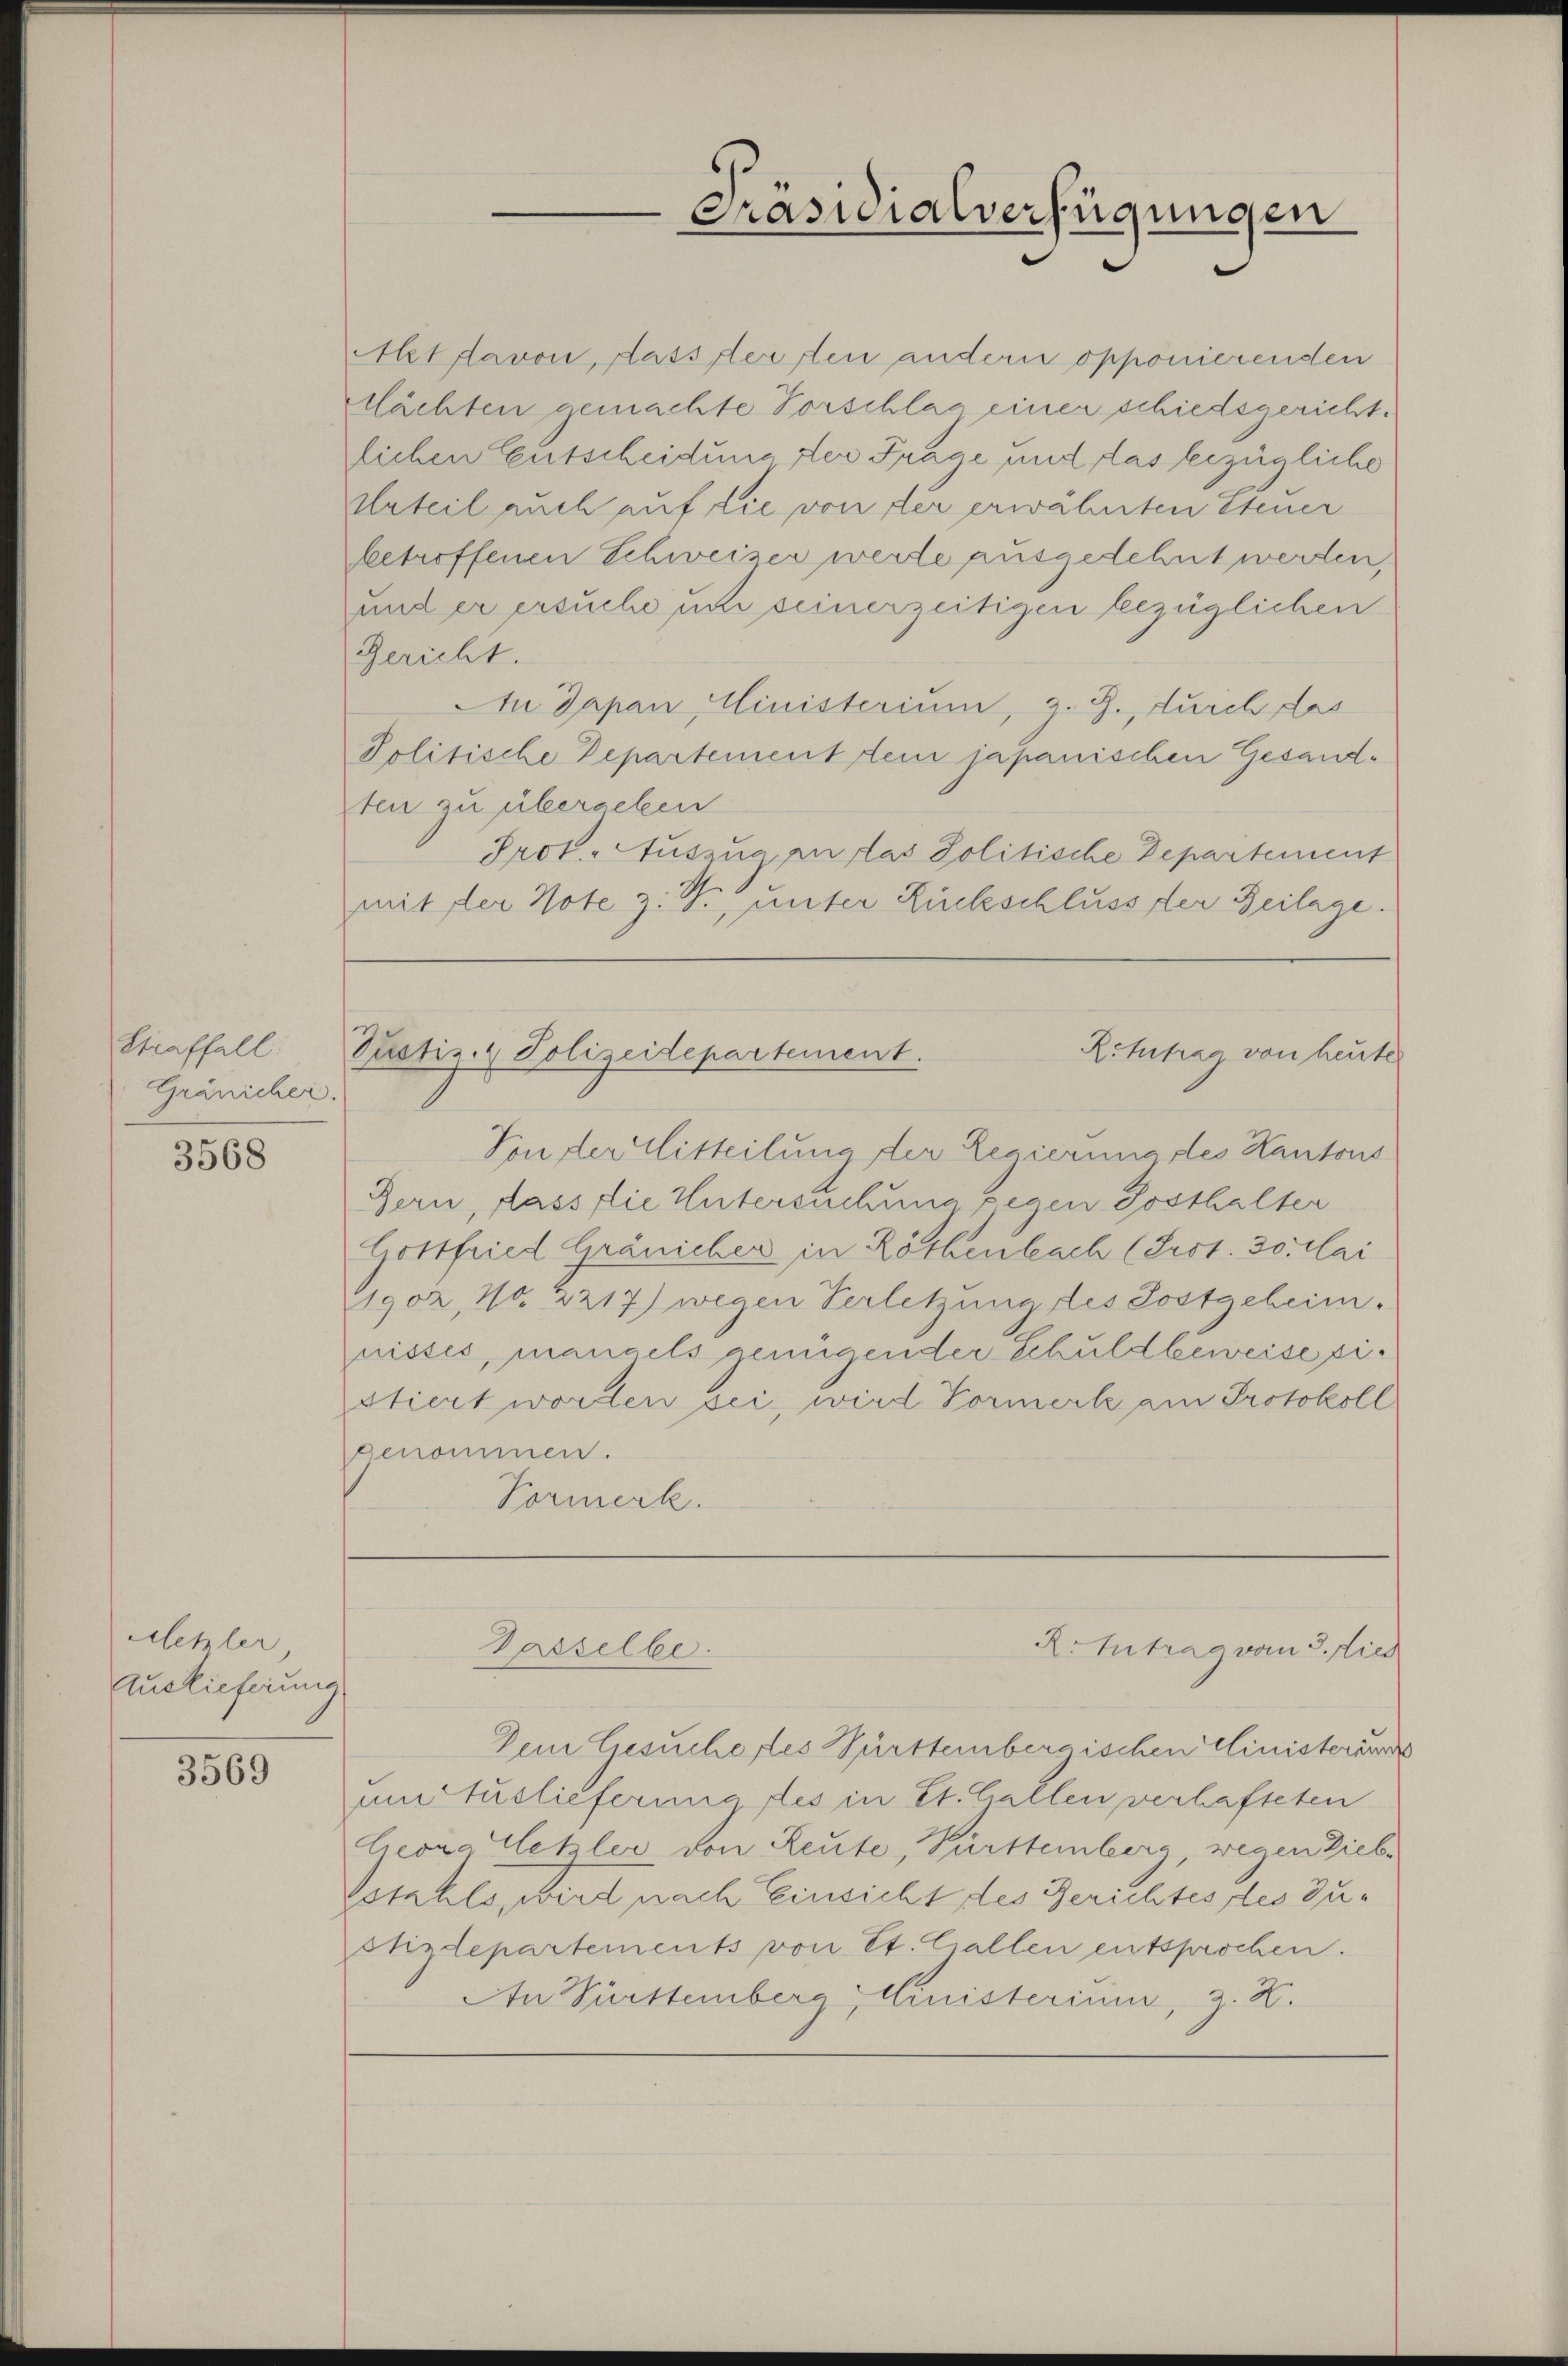
Straffall.
Gränicher.

3568

Alehler,
Auslieferung

3569

Mit davon, dass der den andern opponierenden
ächten gemachte Vorschlag einer schiedsgericht.
lichen Entscheidung der Frage, und das bezügliche
Urteil auch auf die von der erwähnten Steuer
betreffenen Schweiser werde ausgedehnt werden,
und er ersuche um seinerzeitigen bezüglichen
Gericht.
An Japan Ministerium, z. Z., durch das
Politische Departement dem japanischen Gesandten zu übergeben
Prok. Auszug an das Politische Departement
mit der Note z. B. unter Rückschluss der Beilage.

Von der Mitteilung der Regierung des Kantons
Bern, dass die Untersuchung gegen Posthalter
Gottfried Gränicher in Röthenbach (Prot. Solai
1902, No. 2217) wegen Verletzung des Postgeheim.
nisses, mangels genügender Schuldbeweise pistiert worden sei, wird Vormerk am Protokoll
genommen.
Vormerk.

Präsidialverfügungen

Reittrag von heute
Pustiz- & Polizeidepartement.

R. Antrag vom 3. dies
Dasselbe.

Dem Gesuchertes Württembergischen Ministeriums
um Auslieferung des in Et. Gallen verhafteten
leons letzler von Reute, Pürttemberg, wegen Liebe
stahls, werden nach Einsicht des Gerichtes des Guotizdepartements von Et. Gallen entsprochen.
An Pürttemberg Ministerium, z. H.